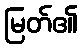
မြတ်၏